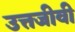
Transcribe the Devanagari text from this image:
उत्तजीवी